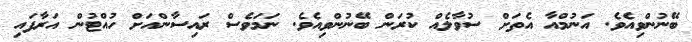
ބޭނުންވިއެވެ. އަނުމްއާ އެތަށް ސުވާލެއް ކުރަން ބޭނުންވިއެވެ. ނަމަވެސް ރައިސާންއަށް ހުއްޓުން އަރާފައި